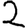
Digit: 2